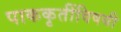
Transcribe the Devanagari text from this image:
पाककृतींविषयी